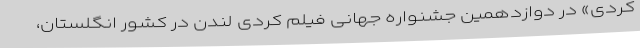
کُردی» در دوازدهمين جشنواره جهانی فيلم کُردی لندن در کشور انگلستان،